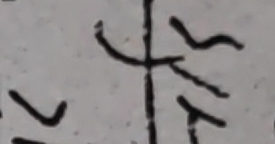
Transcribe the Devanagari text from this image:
प्म